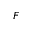
F